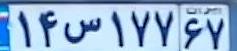
۱۴س۱۷۷۶۷